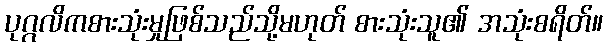
ပုဂ္ဂလိကစားသုံးမှုဖြစ်သည်သို့မဟုတ် စားသုံးသူ၏ အသုံးစရိတ်။